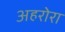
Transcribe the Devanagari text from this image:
अहरोरा